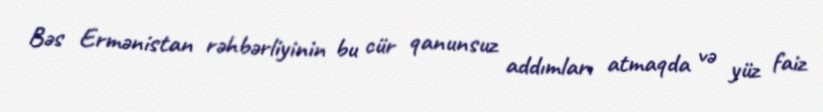
Bəs Ermənistan rəhbərliyinin bu cür qanunsuz addımları atmaqda və yüz faiz